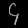
Digit: ၄